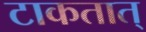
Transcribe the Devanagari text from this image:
टाकतात्